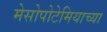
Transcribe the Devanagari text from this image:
मेसोपोटेमियाच्या